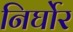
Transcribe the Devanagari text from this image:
निर्घोर